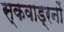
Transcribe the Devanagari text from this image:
स्कवाड्रनों